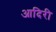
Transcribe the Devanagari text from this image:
आदिरी